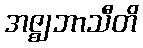
အဇ္ဈဘာသီတိ